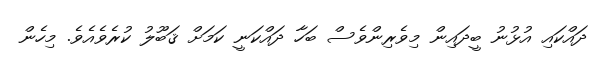
ދައްކައި އުޅުނު ބީދައިން މިވެރިންވެސް ބަހާ ދައްކަނީ ކަމަށް ޤަބޫލު ކުރެވެއެވެ. މިހެން